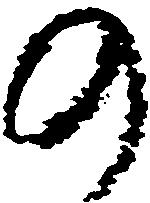
の